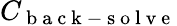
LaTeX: C_{\mathrm{~b~a~c~k~-~s~o~l~v~e~}}